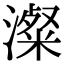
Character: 澯